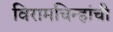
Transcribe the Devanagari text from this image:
विरामचिन्हांची